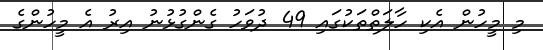
މި މީހުން އެކި ހާލަތްތަކުގައި 49 ދުވަހު ގެންގުޅުނު އިރު އެ މީހުންގެ